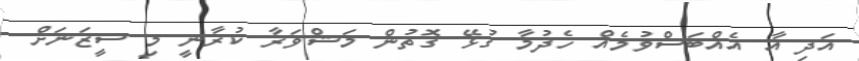
އަދި އާ އެއްބަސްވުމެއް ހެދުމާ ގުޅޭ ގޮތުން މަޝްވަރާ ކުރާނީ މި ސީޒަނަށް